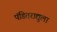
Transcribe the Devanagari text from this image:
पंडितराद्युला